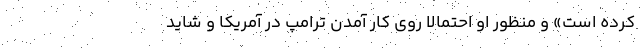
کرده است» و منظور او احتمالا روی کار آمدن ترامپ در آمریکا و شاید